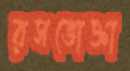
রসভোক্তা